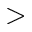
>